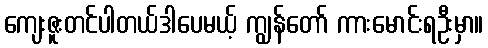
ကျေးဇူးတင်ပါတယ်ဒါပေမယ့် ကျွန်တော် ကားမောင်းရဦးမှာ။